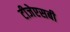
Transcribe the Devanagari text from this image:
टीजेएसबी